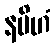
နပိဟံ